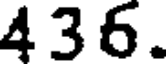
436.